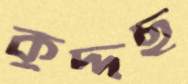
কুদ্দছ